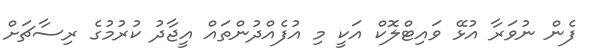
ފެން ނުވަރާ އުޅޭ ވައިޓްލޮކް އަކީ މި އުފެއްދުންތައް އީޖާދު ކުރުމުގެ ރިސާޗަށް